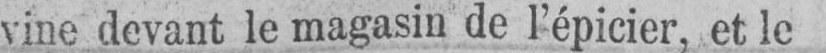
vine devant le magasin de l’épicier, et le